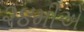
૨૪મીએ